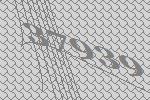
37939